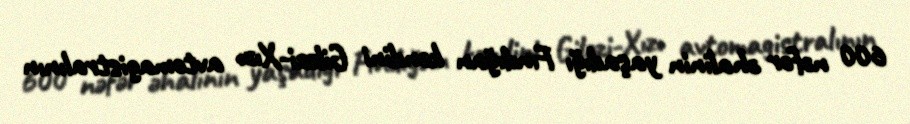
600 nəfər əhalinin yaşadığı Fındığan kəndini Giləzi-Xızı avtomagistralının